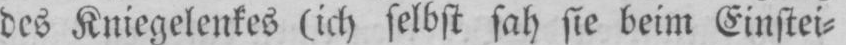
des Kniegelenkes (ich selbst sah sie beim Einstei⸗